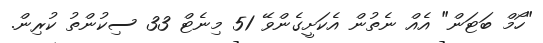
"ހޯމް ބަޓަން" އެއް ނެތުން އެކަށީގެންވޭ 51 މިނެޓް 33 ސިކުންތު ކުރިން.